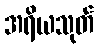
အရိယသုတ်